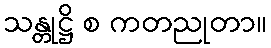
သန္တုဋ္ဌိ စ ကတညုတာ။